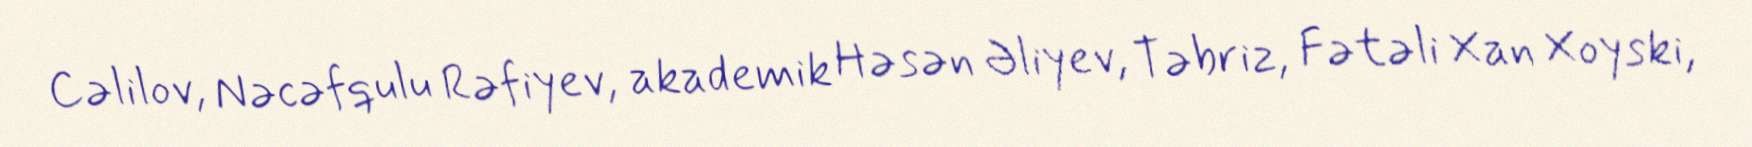
Cəlilov, Nəcəfqulu Rəfiyev, akademik Həsən Əliyev, Təbriz, Fətəli Xan Xoyski,